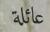
عائلة